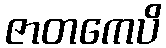
ဇာတကေပိ